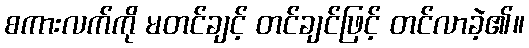
စကားလက်ကို မတင်ချင့် တင်ချင်ဖြင့် တင်လာခဲ့၏။